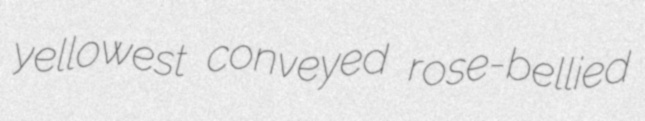
yellowest conveyed rose-bellied